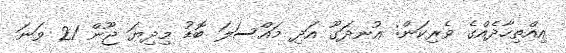
އިއްތިހާދެއްގެ ވެރިކަން: އުނދަގޫ އަދި މައްސަލަ ބޮޑު މިދިޔަ ޖޫން 21 ވަނަ